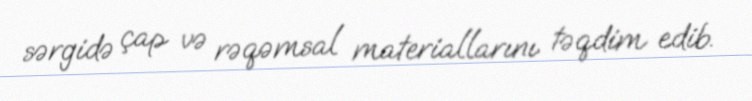
sərgidə çap və rəqəmsal materiallarını təqdim edib.